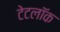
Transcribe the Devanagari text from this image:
टेटलॉक